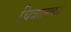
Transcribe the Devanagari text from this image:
चित्रात्मक।